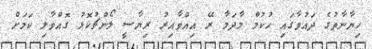
ހިޔާނާތުގެ ދައުވާގައި ހުކުމް މާދަމާ ރޭ އިއްވާއިރު ރިޔާސީ ލޯންޗުކޮޅު ގޮއްވާލި ކަމަށް